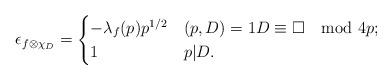
LaTeX: \begin{align*} \epsilon_{f \otimes \chi_D}= \begin{cases} -\lambda_f(p) p^{1/2} & (p,D)=1 D\equiv \square\mod 4p;\\ 1 & p|D. \end{cases}\end{align*}